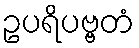
ဥပရိပဗ္ဗတံ